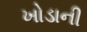
ખોડાની